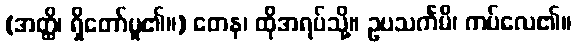
(အတ္ထိ၊ ရှိတော်မူ၏။) တေန၊ ထိုအရပ်သို့။ ဥပသင်္ကမိ၊ ကပ်လေ၏။